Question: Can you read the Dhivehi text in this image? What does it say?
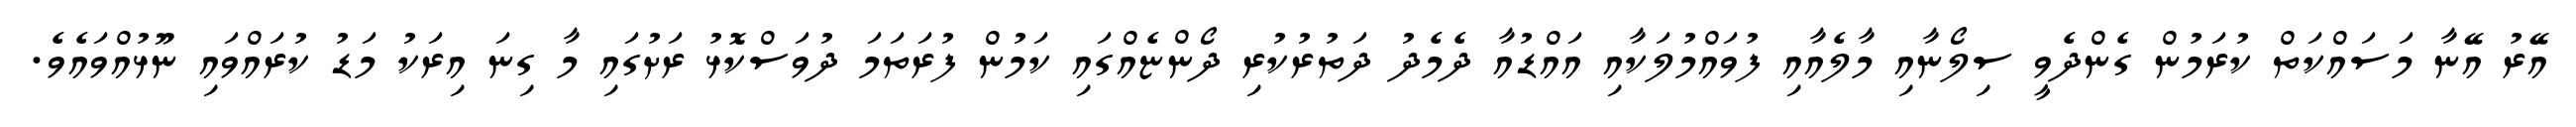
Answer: އޭރު އޭނާ މަސައްކަތް ކުރަމުން ގެންދެވީ ސިލޯނާއި މާލެއާއި ފުވައްމުލަކާއި އައްޑުއާ ދެމެދު ދަތުރުކުރި ދޯންޏެއްގައި ކަމުން ފުރަތަމަ ދުވަސްކޮޅު ރަށުގައި މާ ގިނަ އިރަކު މަޑު ކުރައްވައި ނޫޅުއްވައެވެ.